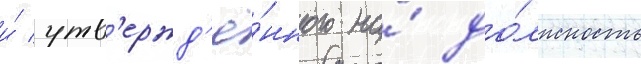
и́ утв'ержд'ё́нного на́ до́лжность